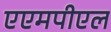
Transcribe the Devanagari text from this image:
एएमपीएल